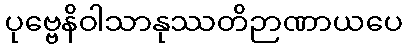
ပုဗ္ဗေနိဝါသာနုဿတိဉာဏာယပေ